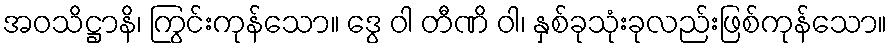
အဝသိဋ္ဌာနိ၊ ကြွင်းကုန်သော။ ဒွေ ဝါ တီဏိ ဝါ၊ နှစ်ခုသုံးခုလည်းဖြစ်ကုန်သော။